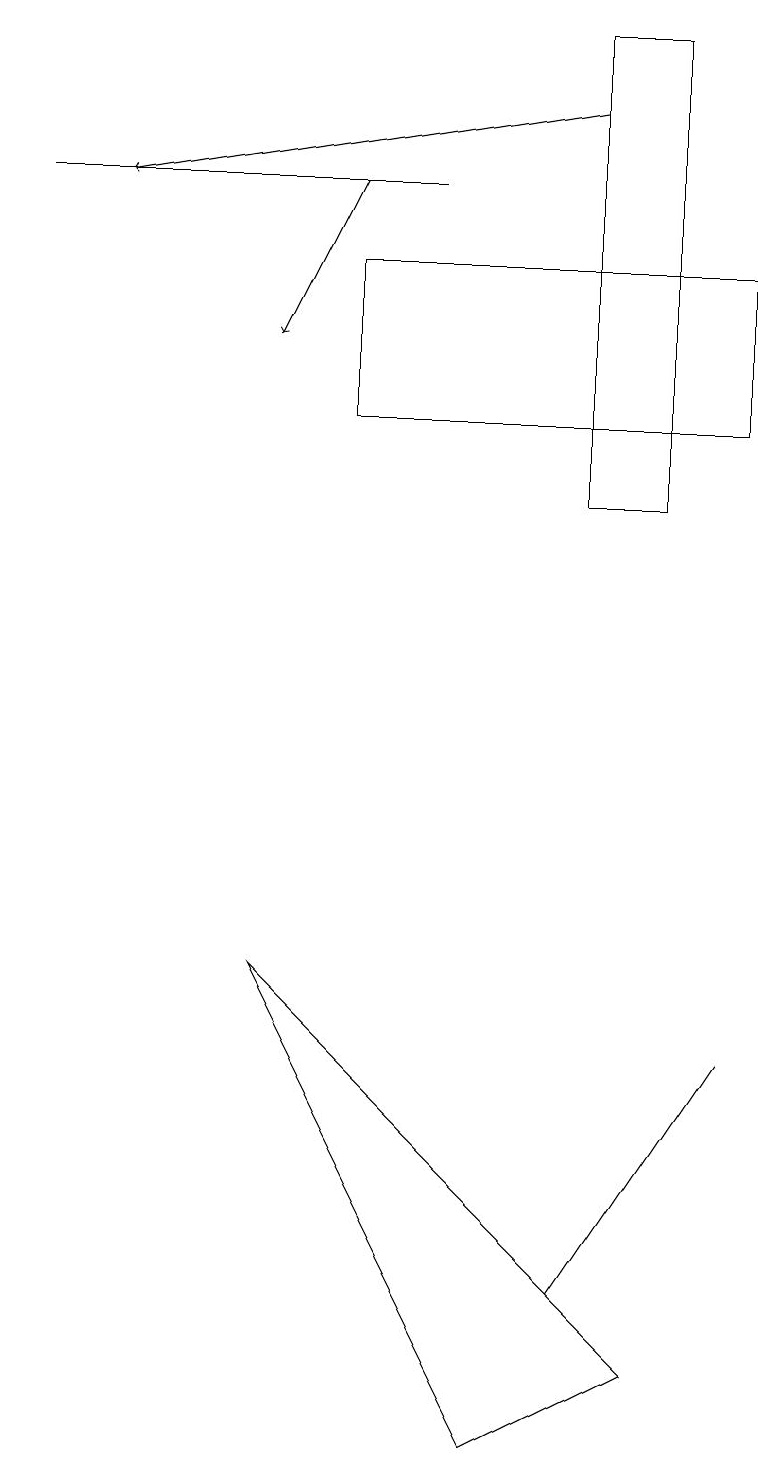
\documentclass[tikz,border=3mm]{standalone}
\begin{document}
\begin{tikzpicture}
\draw (4,14) rectangle (9,16);
\draw[->] (7,18) -- (1,17);
\draw (7,19) rectangle (8,13);
\draw (7,3) -- (9,6) -- (7,3) -- cycle;
\draw[->] (4,17) -- (3,15);
\draw (5,17) rectangle (0,17);
\draw (3,7) -- (8,2) -- (6,1) -- cycle;
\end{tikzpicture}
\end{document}